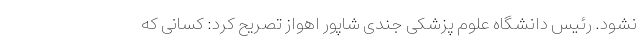
نشود. رئیس دانشگاه علوم پزشکی جندی شاپور اهواز تصریح کرد: کسانی که